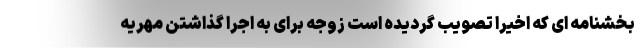
بخشنامه ای که اخیرا تصویب گردیده است زوجه برای به اجرا گذاشتن مهریه